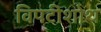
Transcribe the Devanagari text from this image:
विपटीशोथ